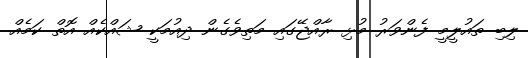
ލިބި ތައުލީމީ ފެންވަރު މުޅި ރާއްޖޭގައި މަތިވެގެން ދިއުމަކީ ޝައްކެއް އޮތް ކަމެއް